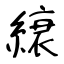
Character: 縗